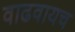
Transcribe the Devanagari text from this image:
वाढवायच